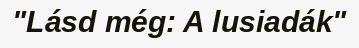
"Lásd még: A lusiadák"